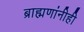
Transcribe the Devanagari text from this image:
ब्राह्मणांनीही